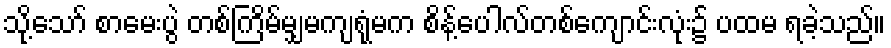
သို့သော် စာမေးပွဲ တစ်ကြိမ်မျှမကျရုံမက စိန့်ပေါလ်တစ်ကျောင်းလုံး၌ ပထမ ရခဲ့သည်။